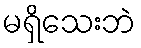
မရှိသေးဘဲ